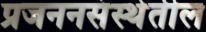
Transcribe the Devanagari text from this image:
प्रजननसंस्थेतील